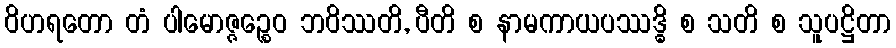
ဝိဟရတော တံ ပါမောဇ္ဇဉ္စေဝ ဘဝိဿတိ, ပီတိ စ နာမကာယပဿဒ္ဓိ စ သတိ စ သူပဋ္ဌိတာ